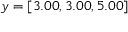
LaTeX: y = [ 3 . 0 0 , 3 . 0 0 , 5 . 0 0 ]